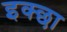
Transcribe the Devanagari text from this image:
इक्छा